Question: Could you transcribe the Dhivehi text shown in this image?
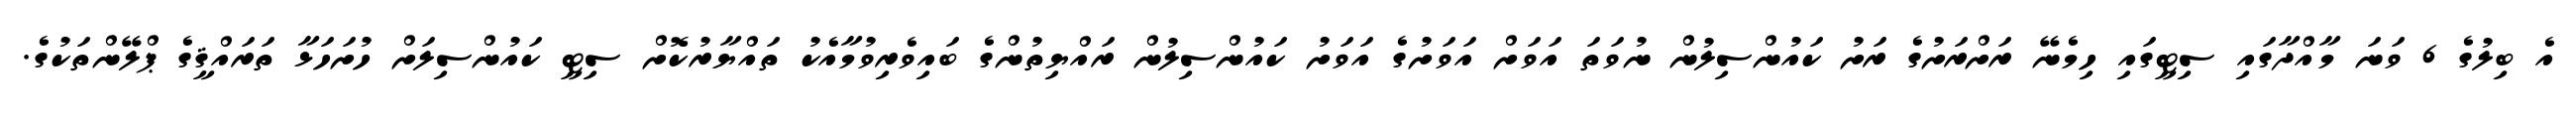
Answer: އެ ބިލުގެ 6 ވަނަ މާއްދާގައި ސިޓީގައި ހިމެނޭ ރަށްރަށުގެ ރަށު ކައުންސިލުން ނުވަތަ އަވަށް އަވަށުގެ އަވަށު ކައުންސިލުން ރައްޔިތުންގެ ބައިވެރިވުމާއެކު ތައްޔާރުކޮށް ސިޓީ ކައުންސިލަށް ހުށަހަޅާ ތަރައްޤީގެ ޕްލޭންތަކުގެ.